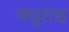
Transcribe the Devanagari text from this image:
मधुराश्च